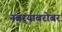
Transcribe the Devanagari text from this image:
नवर्‍याबरोबर